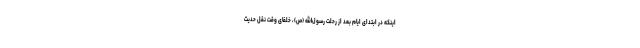
اینکه در ابتدای ایام بعد از رحلت رسول‌الله (ص)، خلفای وقت نقل حدیث